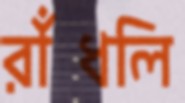
রাঁধলি